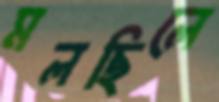
মলছিলে